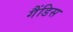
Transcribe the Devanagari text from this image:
गैंडिस